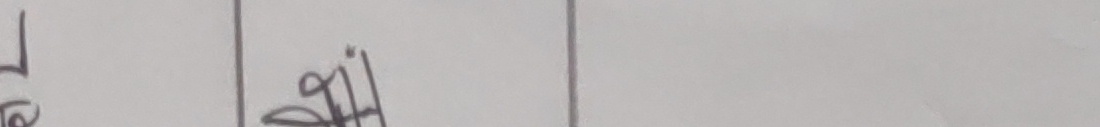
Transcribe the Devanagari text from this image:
७ कि